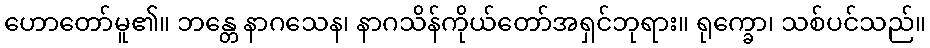
ဟောတော်မူ၏။ ဘန္တေ နာဂသေန၊ နာဂသိန်ကိုယ်တော်အရှင်ဘုရား။ ရုက္ခော၊ သစ်ပင်သည်။